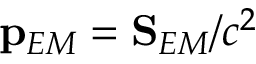
\mathbf { p } _ { E M } = \mathbf { S } _ { E M } / c ^ { 2 }